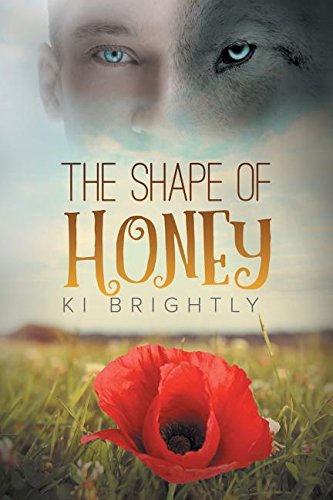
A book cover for The Shape of Honey; Ki Brightly; Romance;